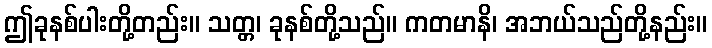
ဤခုနစ်ပါးတို့တည်း။ သတ္တ၊ ခုနစ်တို့သည်။ ကတမာနိ၊ အဘယ်သည်တို့နည်း။